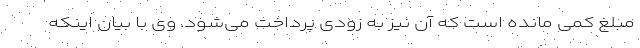
مبلغ کمی مانده است که آن نیز به زودی پرداخت می‌شود. وی با بیان اینکه